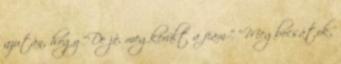
azután, hogy “De jó, megkerült a fiam ” “Megbocsátok,